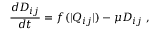
\frac { d D _ { i j } } { d t } = f ( | Q _ { i j } | ) - \mu D _ { i j } \; ,